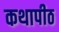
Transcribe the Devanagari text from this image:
कथापीठ